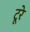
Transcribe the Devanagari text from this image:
टूरे